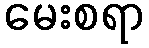
မေးစရာ